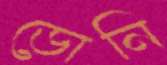
ডোনি